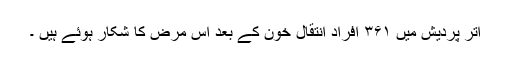
اتر پردیش میں ۳۶۱ افراد انتقالِ خون کے بعد اس مرض کا شکار ہوئے ہیں ۔